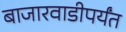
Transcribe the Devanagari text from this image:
बाजारवाडीपर्यंत